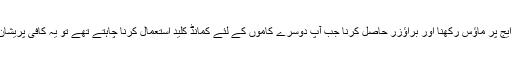
اسکرین ایج پر ماؤس رکھنا اور براؤزر حاصل کرنا جب آپ دوسرے کاموں کے لئے کمانڈ کلید استعمال کرنا چاہتے تھے تو یہ کافی پریشان کن تھا۔